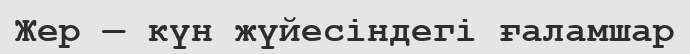
Жер — күн жүйесіндегі ғаламшар